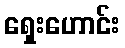
ရှေးဟောင်း